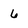
Character: 6